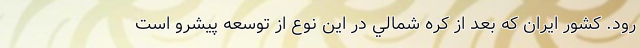
رود. كشور ايران كه بعد از كره شمالي در اين نوع از توسعه پيشرو است